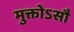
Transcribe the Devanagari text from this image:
मुक्तोऽसौ